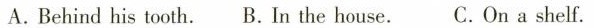
A. Behind his tooth. B. In the house. C. On a shelf.